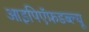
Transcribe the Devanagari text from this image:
आइपिऍफ़डब्ल्यू